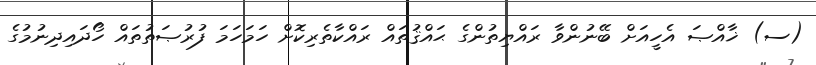
(ސ) ޚާއްޞަ އެހީއަށް ބޭނުންވާ ރައްޔިތުންގެ ޙައްޤުތައް ރައްކާތެރިކޮށް ހަމަހަމަ ފުރުޞަތުތައް ހޯދައިދިނުމުގެ